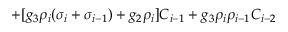
+ [ g _ { 3 } \rho _ { i } ( \sigma _ { i } + \sigma _ { i - 1 } ) + g _ { 2 } \rho _ { i } ] C _ { i - 1 } + g _ { 3 } \rho _ { i } \rho _ { i - 1 } C _ { i - 2 }